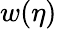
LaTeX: w(\eta)